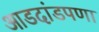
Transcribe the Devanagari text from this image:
आडदांडपणा